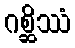
ဂစ္ဆိဿံ